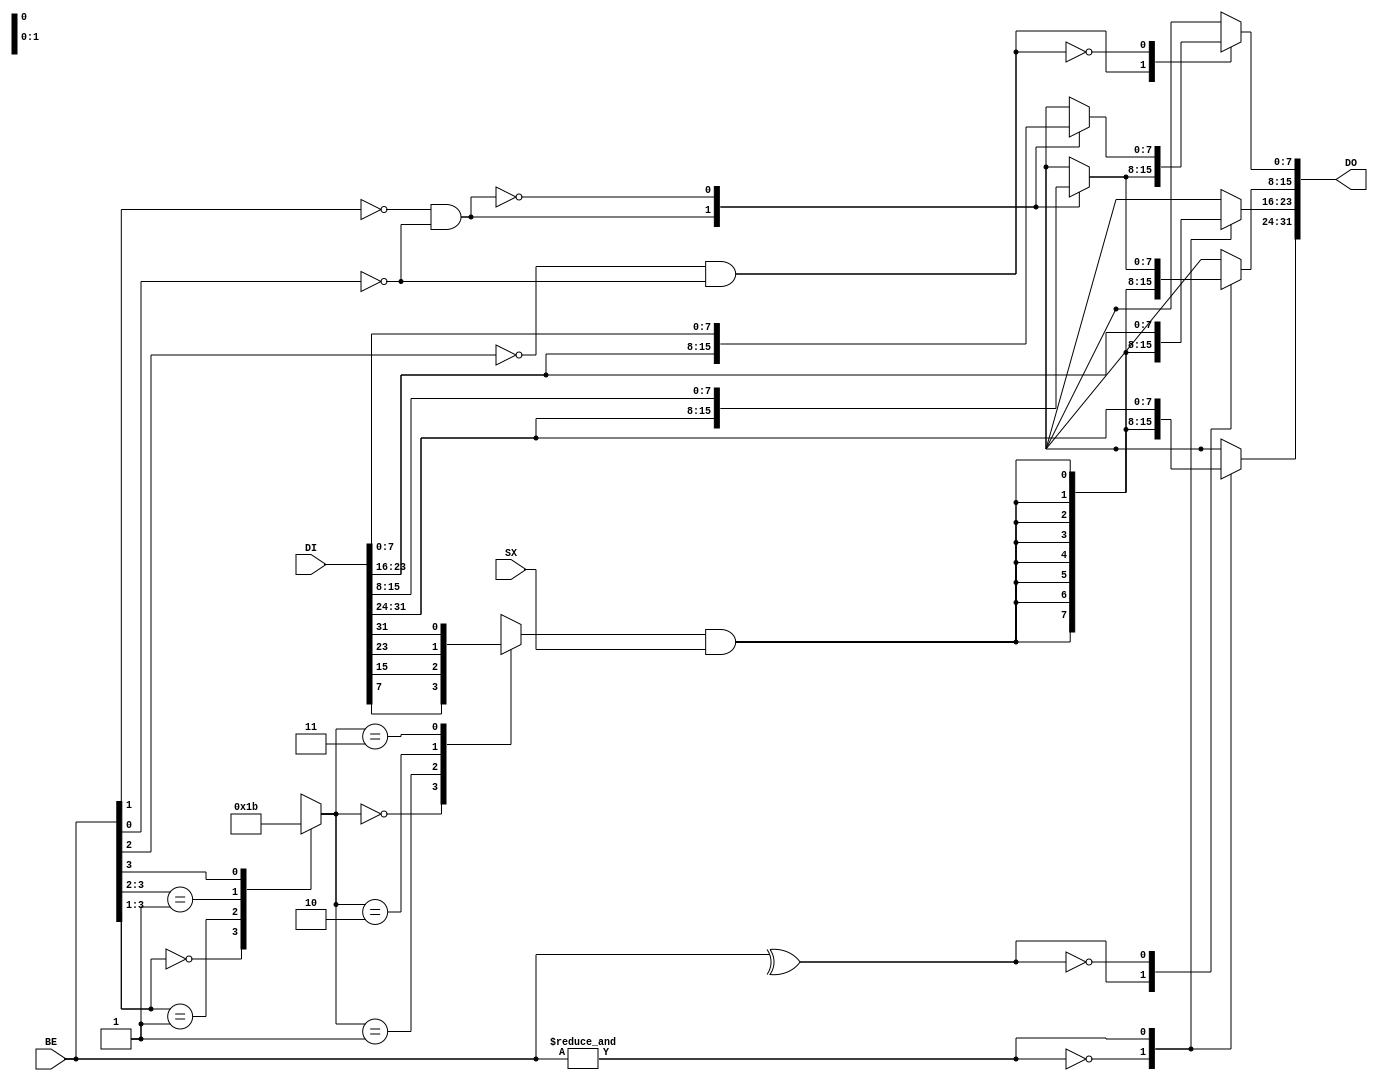


module lmi_align(BE, SX, DI, DO); 






input SX; 
input [3:0] BE; 
input [31:0] DI; 
output [31:0] DO; 














reg [1:0] SGN_SEL; 

always @ (BE) 
casex (BE) 
4'b000x: SGN_SEL = 2'b00; 
4'b001x: SGN_SEL = 2'b01; 
4'b01xx: SGN_SEL = 2'b10; 
4'b1xxx: SGN_SEL = 2'b11; 
endcase 

reg SGN; 

always @(SGN_SEL or DI) 
case (SGN_SEL) 


(2'b00) : SGN = DI[ 7]; 
(2'b01) : SGN = DI[15]; 
(2'b10) : SGN = DI[23]; 
(2'b11) : SGN = DI[31]; 
endcase 



wire SF3 = SGN & SX; 
wire SF2 = SGN & SX; 
wire SF1 = SGN & SX; 





reg [7:0] DA3; 
reg [7:0] DA2; 
reg [7:0] DA1; 
reg [7:0] DA0; 

reg [7:0] DB1; 
reg [7:0] DB0; 

wire HFILL = ~&BE; 
wire HSHIFT = ~BE[1] & ~BE[0]; 
wire BFILL = ^BE; 
wire BSHIFT = ~BE[2] & ~BE[0]; 

always @ (SF3 or SF2 or SF1 or HFILL or HSHIFT or BFILL or BSHIFT or DI) begin 

case (HFILL) 
1'b1: DA3 = {8{SF3}}; 
1'b0: DA3 = DI[31:24]; 
endcase 
case (HFILL) 
1'b1: DA2 = {8{SF2}}; 
1'b0: DA2 = DI[23:16]; 
endcase 
case (HSHIFT) 
1'b1: DA1 = DI[31:24]; 
1'b0: DA1 = DI[15: 8]; 
endcase 
case (HSHIFT) 
1'b1: DA0 = DI[23:16]; 
1'b0: DA0 = DI[ 7: 0]; 
endcase 

case (BFILL) 
1'b1: DB1 = {8{SF1}}; 
1'b0: DB1 = DA1; 
endcase 
case (BSHIFT) 
1'b1: DB0 = DA1; 
1'b0: DB0 = DA0; 
endcase 

end 

assign DO = { DA3, DA2, DB1, DB0 }; 



endmodule